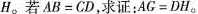
H。若$$A B = C D$$，求证：$$A G = D H$$。